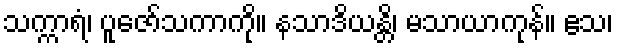
သက္ကာရံ၊ ပူဇော်သကာကို။ နသာဒိယန္တိ၊ မသာယာကုန်။ ဧသ၊